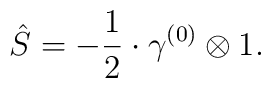
\hat{S}=-\frac{1}{2}\cdot \gamma^{(0)}\otimes 1.